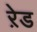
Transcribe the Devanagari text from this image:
ऱेड